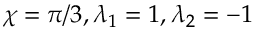
\chi = \pi / 3 , \lambda _ { 1 } = 1 , \lambda _ { 2 } = - 1